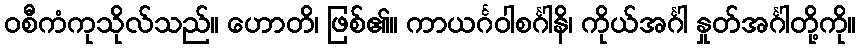
ဝစီကံကုသိုလ်သည်။ ဟောတိ၊ ဖြစ်၏။ ကာယင်္ဂဝါစင်္ဂါနိ၊ ကိုယ်အင်္ဂါ နှုတ်အင်္ဂါတို့ကို။